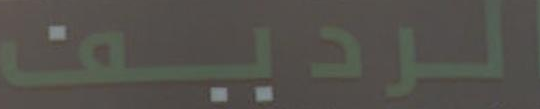
الرديف